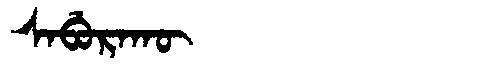
Manchu: ᠰᠠᠪᡠᡵᠠᡴᡡ
Romanization: SABURAKŪ